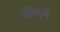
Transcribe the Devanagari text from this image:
नोंचने